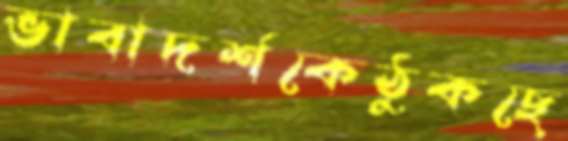
ভাবাদর্শকেঠুকছে